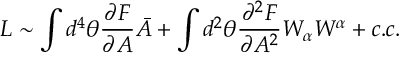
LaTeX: L \sim \int d ^ { 4 } \theta { \frac { \partial F } { \partial A } } \bar { A } + \int d ^ { 2 } \theta { \frac { \partial ^ { 2 } F } { \partial A ^ { 2 } } } W _ { \alpha } W ^ { \alpha } + c . c .